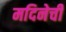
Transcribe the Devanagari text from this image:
मदिनेची